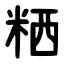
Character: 粞